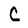
Character: C